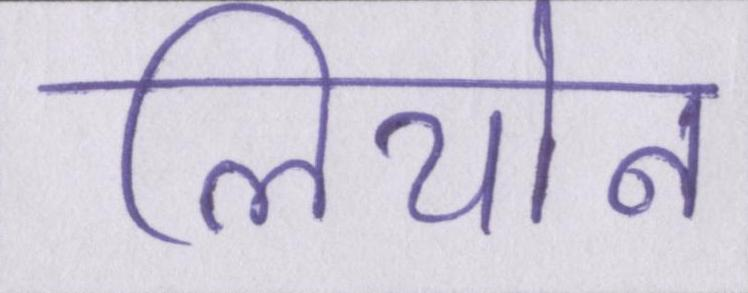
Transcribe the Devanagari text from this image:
लियोन